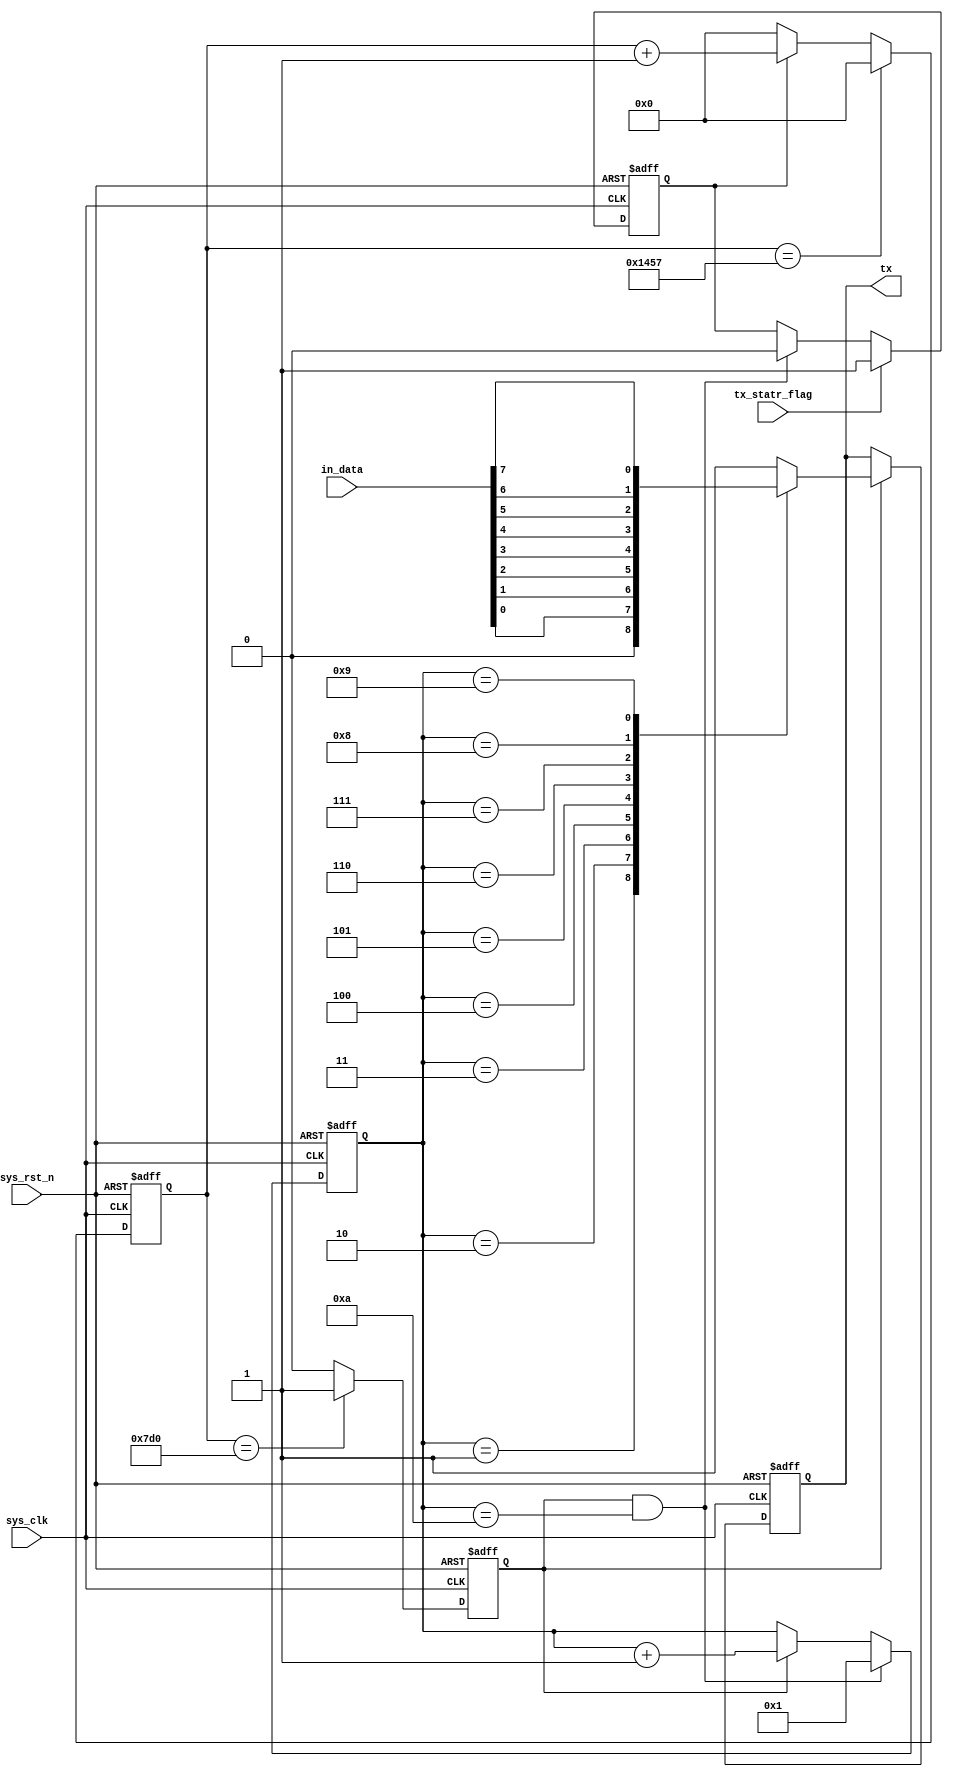
module uart_tx(

input wire sys_clk,
input wire sys_rst_n,
input wire [7:0]in_data,
input wire tx_statr_flag,

output reg tx

);

reg [12:0]rx_cnt;
reg [3:0]rx_bit_cnt;
reg bit_flag;
reg en;


always @(posedge sys_clk or negedge sys_rst_n)
			if(sys_rst_n == 1'b0)
				en <= 1'b0;
			else if(tx_statr_flag == 1'b1)
				en <= 1'b1;
			else if(bit_flag == 1'b1 && rx_bit_cnt == 4'd10)
				en <= 1'b0;
			else
				en <= en;

always @(posedge sys_clk or negedge sys_rst_n)
			if(sys_rst_n == 1'b0)
				rx_cnt <= 13'd0;
			else if(rx_cnt == 13'd5207)
				rx_cnt <= 13'd0;
			else if(en == 1'b1)
				rx_cnt <= rx_cnt + 13'd1;
			else
				rx_cnt <= 13'd0;
				
always @(posedge sys_clk or negedge sys_rst_n)
			if(sys_rst_n == 1'b0)
				bit_flag <= 1'b0;
			else if(rx_cnt == 13'd2000)
				bit_flag <= 1'b1;
			else
				bit_flag <= 1'b0;

				
always @(posedge sys_clk or negedge sys_rst_n)
			if(sys_rst_n == 1'b0)
				rx_bit_cnt <= 4'd1;
			else if(rx_bit_cnt == 4'd10 && bit_flag == 1'b1)
				rx_bit_cnt <= 4'd1;
			else if(bit_flag == 1'b1)
				rx_bit_cnt <= rx_bit_cnt + 4'd1;
			else
				rx_bit_cnt <= rx_bit_cnt;


always @(posedge sys_clk or negedge sys_rst_n)
			if(sys_rst_n == 1'b0)
				tx <= 1'b1;
			else if(bit_flag == 1'b1)
				case (rx_bit_cnt)
//					4'd0 : tx <= 1'b1;
					4'd1 : tx <= 1'b0;
					4'd2 : tx <= in_data[0];
					4'd3 : tx <= in_data[1];
					4'd4 : tx <= in_data[2];
					4'd5 : tx <= in_data[3];
					4'd6 : tx <= in_data[4];
					4'd7 : tx <= in_data[5];
					4'd8 : tx <= in_data[6];
					4'd9 : tx <= in_data[7];
					4'd10 : tx <= 1'b1;
					default : tx <= 1'b1;
				endcase	





endmodule